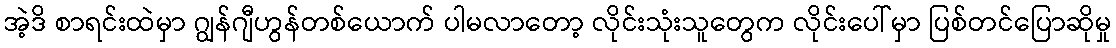
အဲ့ဒိ စာရင်းထဲမှာ ဂျွန်ဂျီဟွန်တစ်ယောက် ပါမလာတော့ လိုင်းသုံးသူတွေက လိုင်းပေါ်မှာ ပြစ်တင်ပြောဆိုမှု